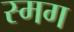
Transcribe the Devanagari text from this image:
स्मग